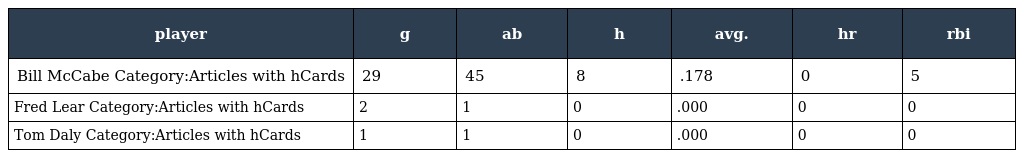
| player | g | ab | h | avg. | hr | rbi |
 | --- | --- | --- | --- | --- | --- | --- |
 | Bill McCabe Category:Articles with hCards | 29 | 45 | 8 | .178 | 0 | 5 |
 | Fred Lear Category:Articles with hCards | 2 | 1 | 0 | .000 | 0 | 0 |
 | Tom Daly Category:Articles with hCards | 1 | 1 | 0 | .000 | 0 | 0 |